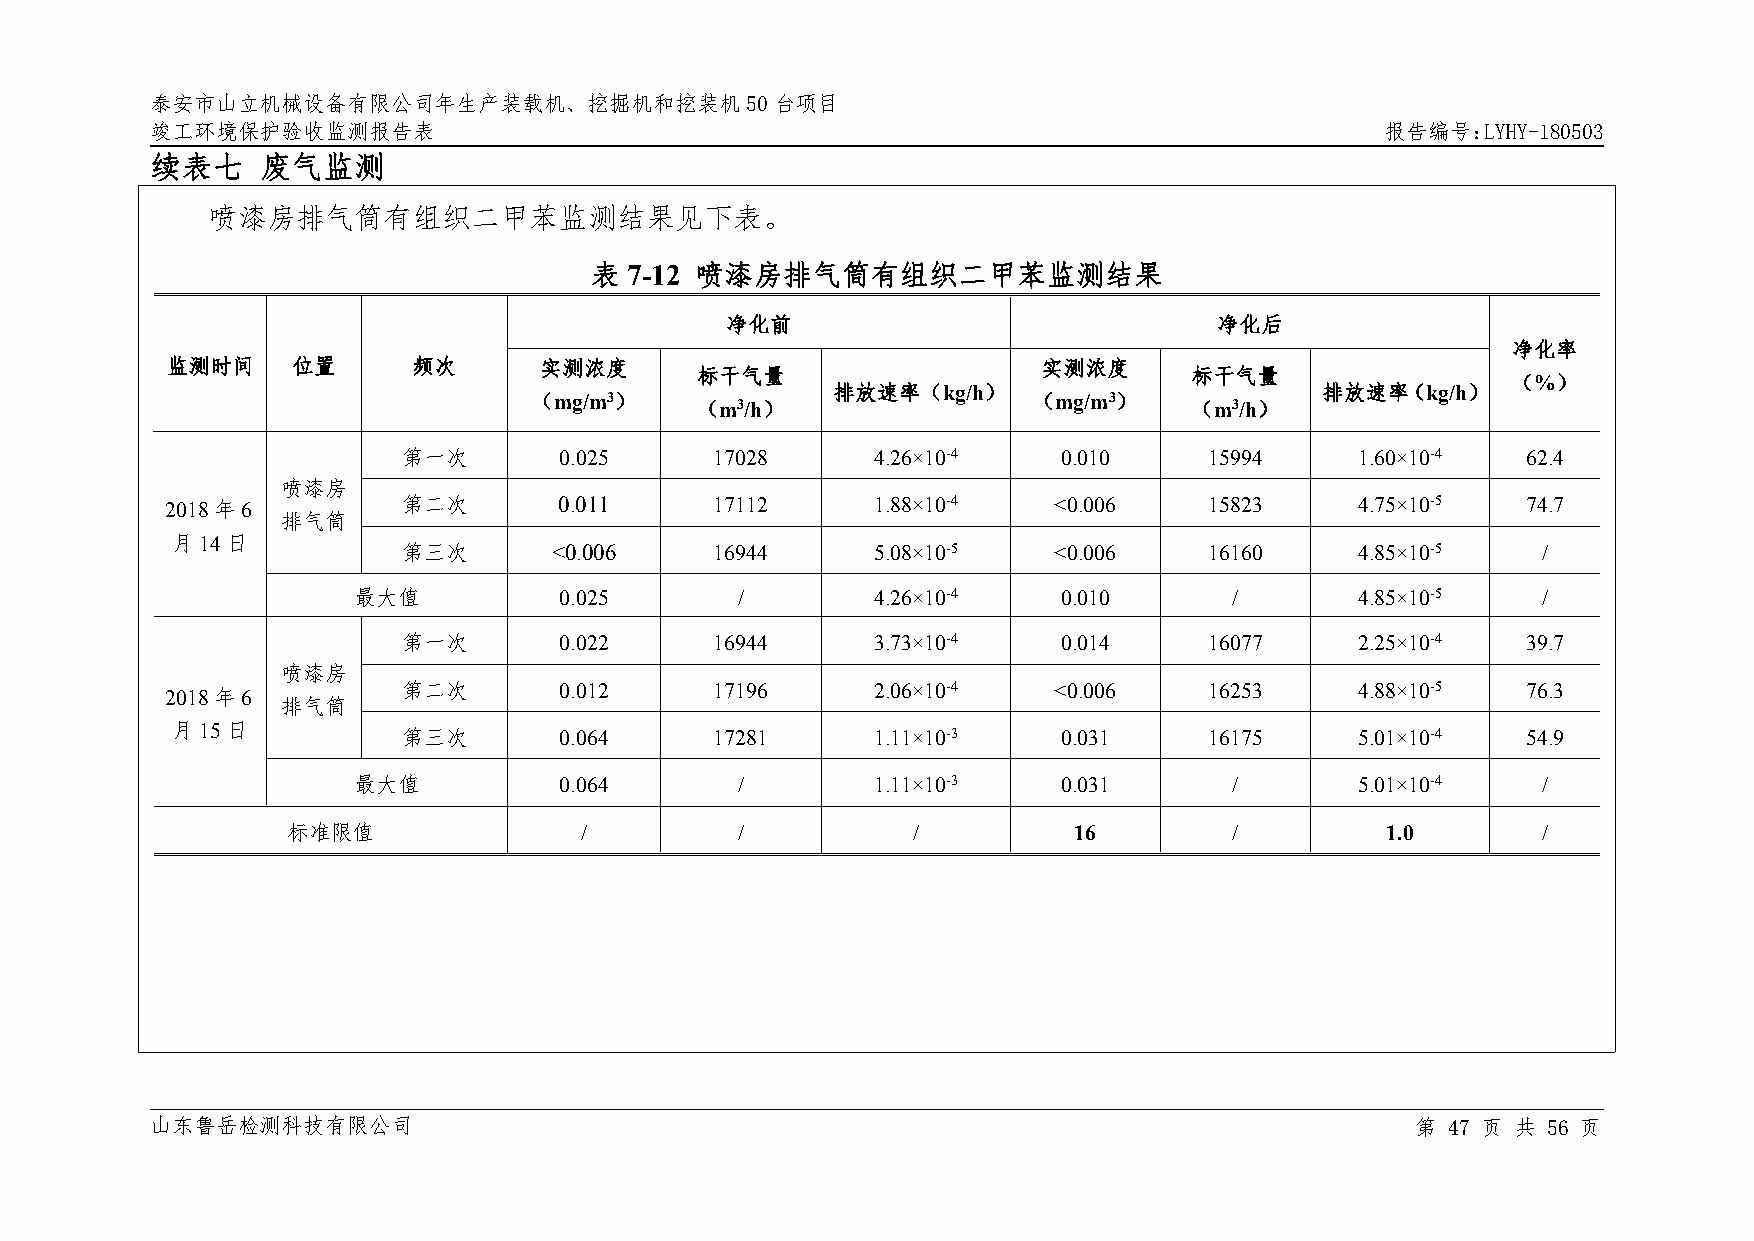
泰安市山立机械设备有限公司年生产装载机、挖掘机和挖装机50台项目
 竣工环境保护验收监测报告表                                                                     报告编号：LYHY-180503
 续表七    废气监测
 喷漆房排气筒有组织二甲苯监测结果见下表。
 表  7-12 喷漆房排气筒有组织二甲苯监测结果
 净化前                              净化后
 净化率
 监测时间    位置      频次       实测浓度                             实测浓度
 标干气量                             标干气量
 （%）
 （mg/m3）
 （m3/h）
 排放速率（kg/h）
 （mg/m3）
 （m3/h）
 排放速率（kg/h）
 第一次       0.025     17028      4.26×10-4   0.010     15994     1.60×10-4  62.4
 喷漆房
 2018年6          第二次       0.011     17112      1.88×10-4   <0.006    15823     4.75×10-5  74.7
 排气筒
 月14日
 第三次       <0.006    16944      5.08×10-5   <0.006    16160     4.85×10-5   /
 最大值           0.025       /        4.26×10-4   0.010       /       4.85×10-5   /
 第一次       0.022     16944      3.73×10-4   0.014     16077     2.25×10-4  39.7
 喷漆房
 2018年6          第二次       0.012     17196      2.06×10-4   <0.006    16253     4.88×10-5  76.3
 排气筒
 月15日
 第三次       0.064     17281      1.11×10-3   0.031     16175     5.01×10-4  54.9
 最大值           0.064       /        1.11×10-3   0.031       /       5.01×10-4   /
 标准限值               /          /          /          16         /         1.0       /
 山东鲁岳检测科技有限公司                                                                        第 47 页 共 56 页